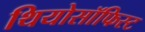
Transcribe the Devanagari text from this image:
थियोसॉफिस्ट